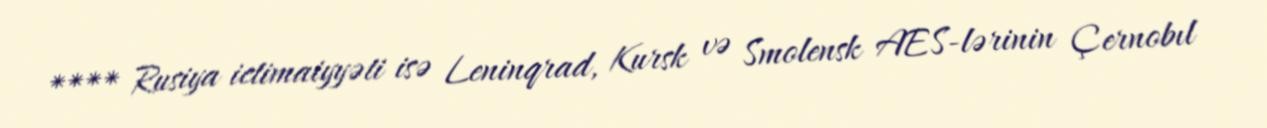
**** Rusiya ictimaiyyəti isə Leninqrad, Kursk və Smolensk AES-lərinin Çernobıl